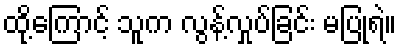
ထို့ကြောင့် သူက လွန့်လှုပ်ခြင်း မပြုရဲ။